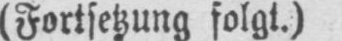
(Fortsetzung folgt.)